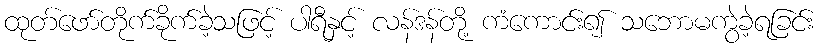
ထုတ်ဖော်တိုက်ခိုက်ခဲ့သဖြင့် ပါရီနှင့် လန်ဒန်တို့ ကံကောင်း၍ သဘောမကွဲခဲ့ရခြင်း